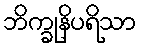
ဘိက္ခုနိပရိသာ